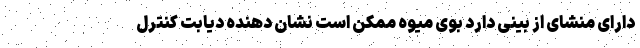
دارای منشای از بینی دارد بوی میوه ممکن است نشان دهنده دیابت کنترل